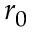
r _ { 0 }